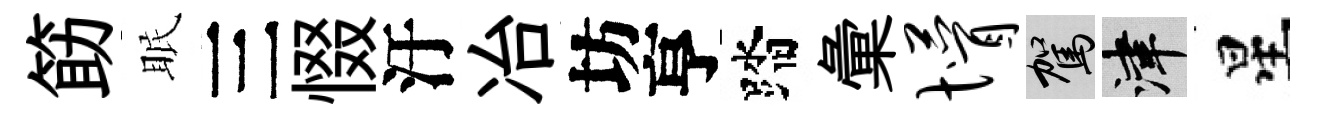
筯眠三惙汙冶坊亨踏彙懵駕津星